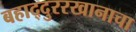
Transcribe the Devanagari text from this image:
बहाद्दुररखानाचा